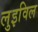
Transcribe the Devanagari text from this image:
लुइविल